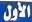
الأول